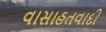
વાસાહતવાદી